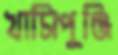
খাসিপুঞ্জি